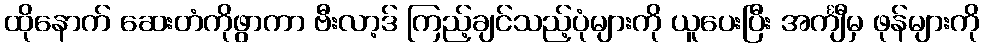
ထိုနောက် ဆေးတံကိုဖွာကာ ဗီးလာ့ဒ် ကြည့်ချင်သည့်ပုံများကို ယူပေးပြီး အင်္ကျီမှ ဖုန်များကို